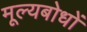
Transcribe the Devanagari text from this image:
मूल्यबोधों